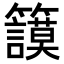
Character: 𥷺